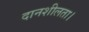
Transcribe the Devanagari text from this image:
दानशीलता।